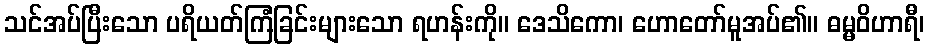
သင်အပ်ပြီးသော ပရိယတ်ကြံခြင်းများသော ရဟန်းကို။ ဒေသိကော၊ ဟောတော်မူအပ်၏။ ဓမ္မဝိဟာရီ၊